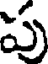
పు